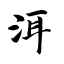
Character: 洱